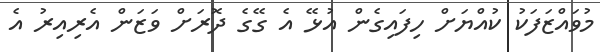
މުވައްޒަފަކު ކުއްޔަށް ހިފައިގެން އުޅޭ އެ ގޭގެ ދޮރަށް ވަޒަން އެރިިިއިރު އެ